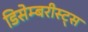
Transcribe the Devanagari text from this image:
डिसेम्बरीस्ट्स